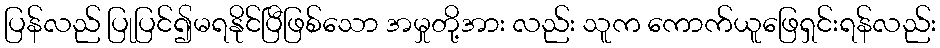
ပြန်လည် ပြုပြင်၍မရနိုင်ပြီဖြစ်သော အမှုတို့အား လည်း သူက ကောက်ယူဖြေရှင်းရန်လည်း